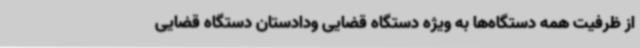
از ظرفیت همه دستگاه‌ها به‌ ویژه دستگاه قضایی ودادستان دستگاه قضایی